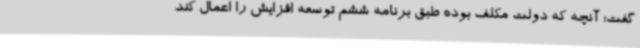
گفت: آنچه که دولت مکلف بوده طبق برنامه ششم توسعه افزایش را اعمال کند